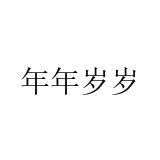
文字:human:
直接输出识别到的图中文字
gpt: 年年岁岁